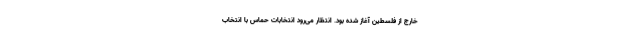
خارج از فلسطین آغاز شده بود. انتظار می‌رود انتخابات حماس با انتخاب